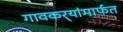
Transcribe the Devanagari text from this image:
गावकर्‍यांमार्फत